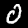
Digit: 0